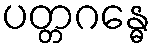
ပတ္တဂန္ဓေ